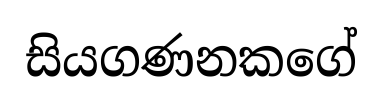
සියගණනකගේ